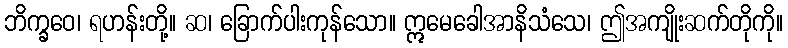
ဘိက္ခဝေ၊ ရဟန်းတို့။ ဆ၊ ခြောက်ပါးကုန်သော။ ဣမေခေါအာနိသံသေ၊ ဤအကျိုးဆက်တိုကို။